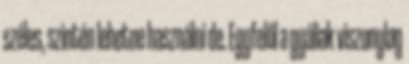
széles, szintén lehetne használni de. Egyfelől a gyáliak viszonylag